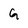
Character: G